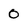
Character: 0